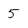
Character: 5